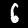
Digit: 6